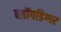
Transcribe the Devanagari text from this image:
ब्लॉगडिग्गर